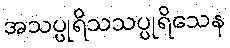
အသပ္ပုရိသသပ္ပုရိသေန